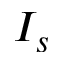
I _ { s }